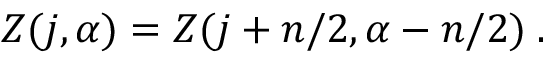
Z ( j , \alpha ) = Z ( j + n / 2 , \alpha - n / 2 ) \; .